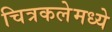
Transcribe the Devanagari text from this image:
चित्रकलेमध्ये